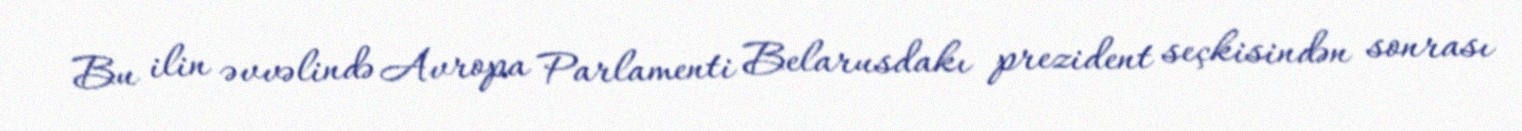
Bu ilin əvvəlində Avropa Parlamenti Belarusdakı prezident seçkisindən sonrası